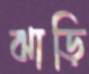
ঝাড়ি